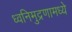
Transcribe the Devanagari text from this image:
ध्वनिमुद्रणामध्ये